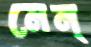
মেন্